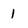
Character: 1